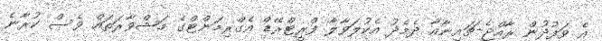
އެ ވަފުދުން ރާއްޖެ-ޗައިނާއާ ދެމެދު އެކުލަވާލާ ފްރީޓްރޭޑް އެގްރިމަންޓްގެ މަޝްވާރަތައް ވެސް ކުރާނެ